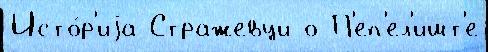
Исто́р'иjа Стражевци о П'еп'ел'ишт'е